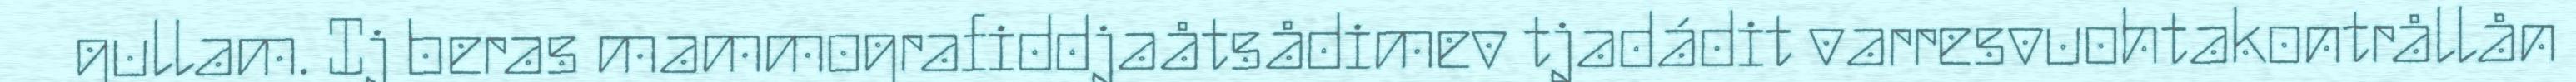
gullam. Ij beras mammografiddjaåtsådimev tjadádit varresvuohtakontrållån